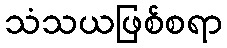
သံသယဖြစ်စရာ